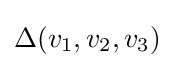
\Delta (v_{1},v_{2},v_{3})